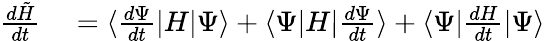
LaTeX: \begin{array}{rl}{\frac{d\tilde{H}}{dt}}&{{}=\langle\frac{d\Psi}{dt}|H|\Psi\rangle+\langle\Psi|H|\frac{d\Psi}{dt}\rangle+\langle\Psi|\frac{dH}{dt}|\Psi\rangle}\end{array}